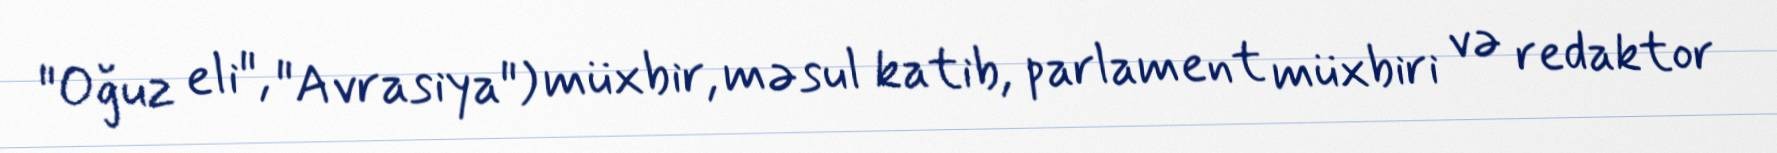
"Oğuz eli", "Avrasiya") müxbir, məsul katib, parlament müxbiri və redaktor